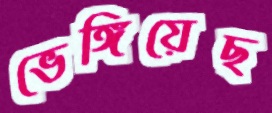
ভেঙ্গিয়েছ